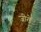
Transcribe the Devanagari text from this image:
जीरों